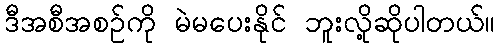
ဒီအစီအစဉ်ကို မဲမပေးနိုင် ဘူးလို့ဆိုပါတယ်။